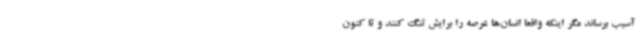
آسیب برساند مگر اینکه واقعا انسان‌ها عرصه را برایش تنگ کنند و تا کنون